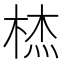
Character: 𭪞